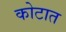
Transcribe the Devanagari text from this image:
कोटात